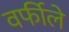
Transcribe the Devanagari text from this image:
वर्फीले